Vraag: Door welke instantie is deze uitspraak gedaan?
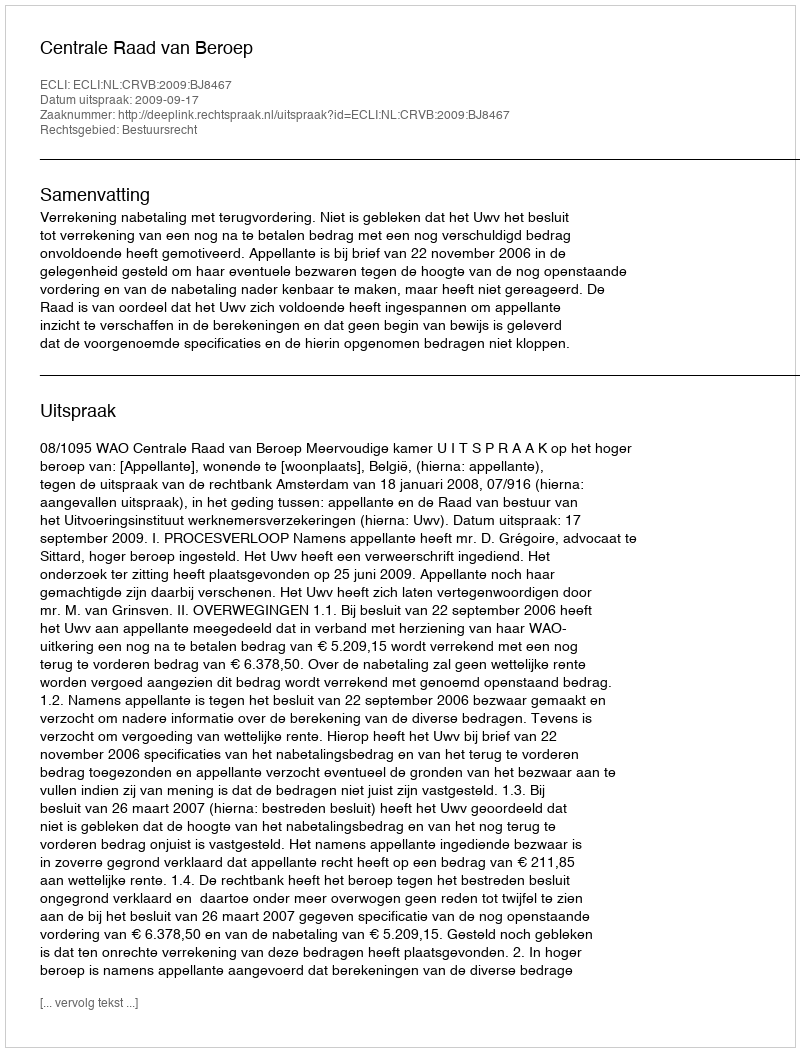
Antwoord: Centrale Raad van Beroep